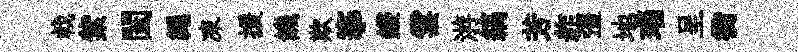
㦸紫闔繩凍援饑欺搴鋟雲㳺縞芳舴彊地瑙呈衢